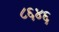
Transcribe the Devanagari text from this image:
८६४६